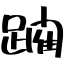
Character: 躙